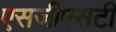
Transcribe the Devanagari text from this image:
एसजीएसटी